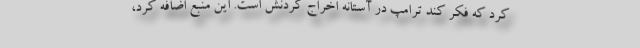
کرد که فکر کند ترامپ در آستانه اخراج کردنش است. این منبع اضافه کرد،